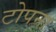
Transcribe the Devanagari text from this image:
टोपना